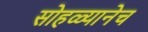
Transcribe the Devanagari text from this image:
सोहळ्यानेच